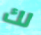
لك